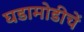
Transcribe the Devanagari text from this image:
घडामोडीचें